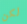
لكن